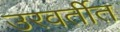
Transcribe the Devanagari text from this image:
उरवर्तीत